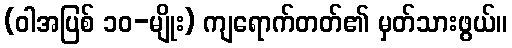
(ဝါအပြစ် ၁၀-မျိုး) ကျရောက်တတ်၏ မှတ်သားဖွယ်။